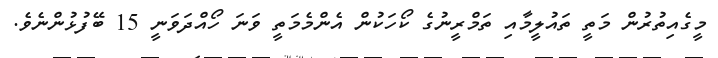
މީގެއިތުރުން މަތީ ތައުލީމާއި ތަމްރީނުގެ ކޯހަކުން އެންމެމަތީ ވަނަ ހޯއްދަވަނީ 15 ބޭފުޅުންނެވެ.